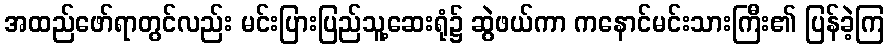
အထည်ဖော်ရာတွင်လည်း မင်းပြားပြည်သူ့ဆေးရုံ၌ ဆွဲဖယ်ကာ ကနောင်မင်းသားကြီး၏ ပြန်ခဲ့ကြ